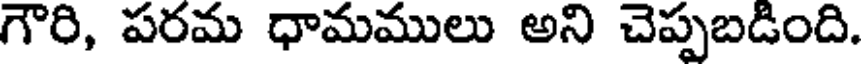
గౌరి, పరమ ధామములు అని చెప్పబడింది.